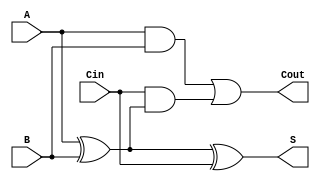
module FullAdder (
    input  wire A,         // Input A
    input  wire B,         // Input B
    input  wire Cin,       // Carry-in
    output wire S,         // Sum output
    output wire Cout       // Carry-out
);
    assign S = A ^ B ^ Cin;                         // Sum: S = A XOR B XOR Cin
    assign Cout = (A & B) | (Cin & (A ^ B));       // Carry-out: Cout = (A AND B) OR (Cin AND (A XOR B))
endmodule